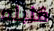
قنبله